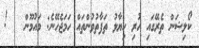
ކޯލިޝަން ތެރޭގައި ހުރި ހިޔާލު ތަފާތުވުންތައް ހަމަޖެހޭނެ: މައުމޫން   !